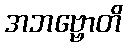
အဘဗ္ဗောတိ